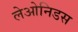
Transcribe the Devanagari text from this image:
लेओनिडस